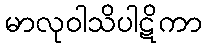
မာလုဝါသိပါဋိကာ